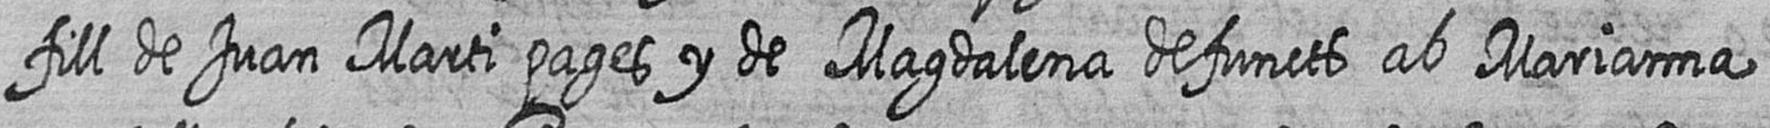
fill de Juan Marti pages y de Magdalena defuncts ab Marianna